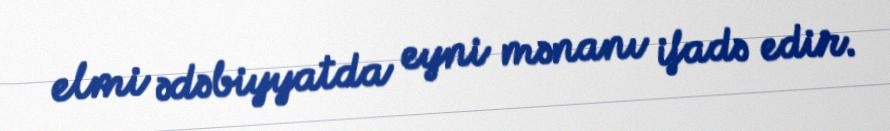
elmi ədəbiyyatda eyni mənanı ifadə edir.